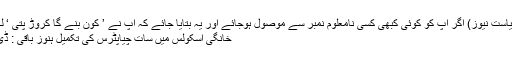
/20 نومبر، ( سیاست نیوز) اگر آپ کو کوئی کبھی کسی نامعلوم نمبر سے موصول ہوجائے اور یہ بتایا جائے کہ آپ نے ’ کون بنے گا کروڑ پتی ‘ لکی ڈرا جیت …
خانگی اسکولس میں سات چیاپٹرس کی تکمیل ہنوز باقی : ڈی ای او حیدرآباد۔